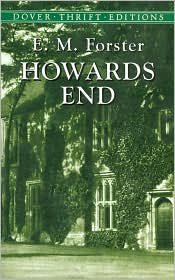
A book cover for Howards End Publisher: Dover Publications; E. M. Forster; Crafts, Hobbies & Home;